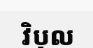
វិបុល